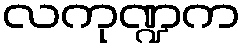
လကုဏ္ဍက